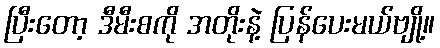
ပြီးတော့ ဒီမီးစကို အတိုးနဲ့ ပြန်ပေးမယ်ဗျို့။